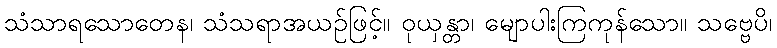
သံသာရသောတေန၊ သံသရာအယဉ်ဖြင့်။ ဝုယှန္တာ၊ မျောပါးကြကုန်သော။ သဗ္ဗေပိ၊